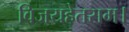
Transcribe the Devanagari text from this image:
विजयहेतराम।